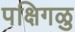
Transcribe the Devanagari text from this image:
पक्षिगळु